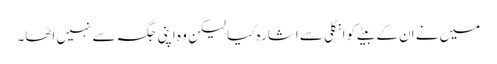
میں نے ان کے بیٹے کو انگلی سے اشارہ کیا لیکن وہ اپنی جگہ سے نہیں اٹھا۔